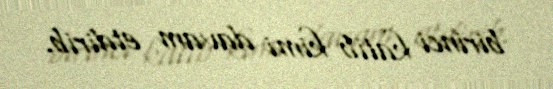
birinci katib kimi davam etdirib.